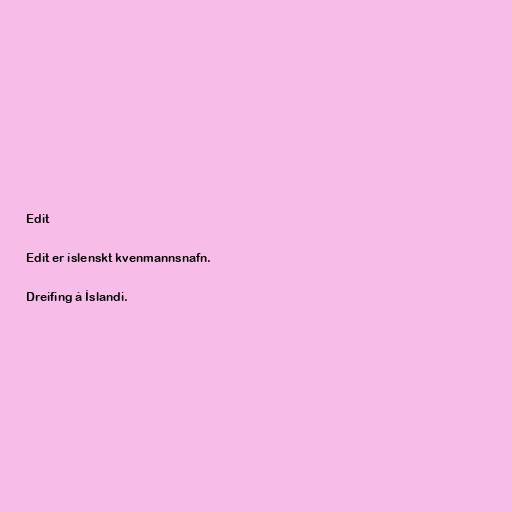
Edit

Edit er íslenskt kvenmannsnafn.

Dreifing á Íslandi.